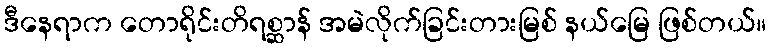
ဒီနေရာက တောရိုင်းတိရစ္ဆာန် အမဲလိုက်ခြင်းတားမြစ် နယ်မြေ ဖြစ်တယ်။